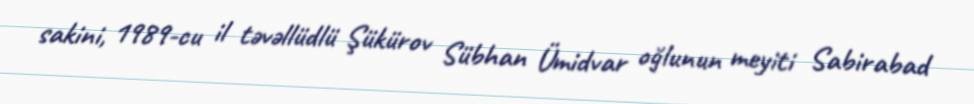
sakini, 1989-cu il təvəllüdlü Şükürov Sübhan Ümidvar oğlunun meyiti Sabirabad